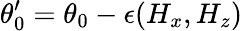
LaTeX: \theta_{0}^{\prime}=\theta_{0}-\epsilon(H_{x},H_{z})